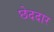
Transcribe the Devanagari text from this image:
छेददार